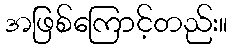
အဖြစ်ကြောင့်တည်း။